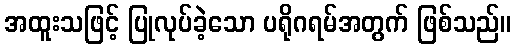
အထူးသဖြင့် ပြုလုပ်ခဲ့သော ပရိုဂရမ်အတွက် ဖြစ်သည်။